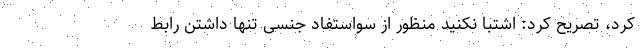
کرد، تصریح کرد: اشتبا نکنید منظور از سواستفاد جنسی تنها داشتن رابط